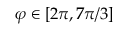
\varphi \in [ 2 \pi , 7 \pi / 3 ]